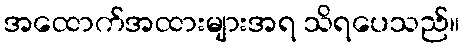
အထောက်အထားများအရ သိရပေသည်။